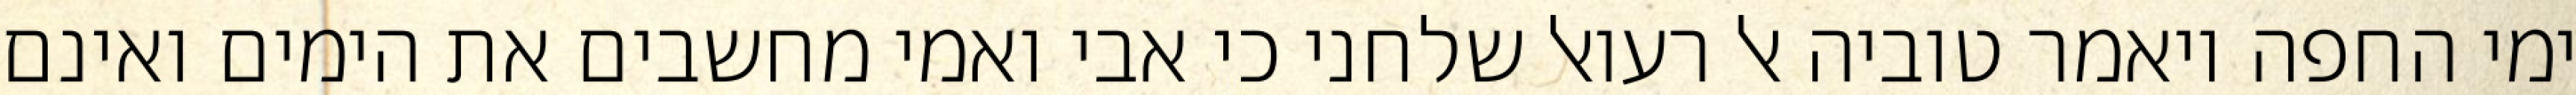
ימי החפה ויאמר טוביה אל רעואל שלחני כי אבי ואמי מחשבים את הימים ואינם